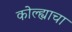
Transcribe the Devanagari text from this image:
कोल्ह्याचा